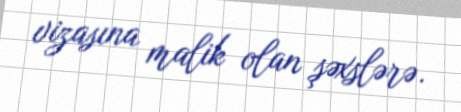
vizasına malik olan şəxslərə.